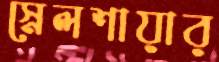
স্নেলশায়ার